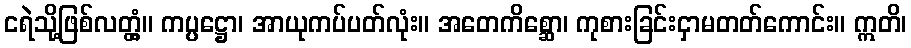
ငရဲသို့ဖြစ်လတ္တံ့။ ကပ္ပဋ္ဌော၊ အာယုကပ်ပတ်လုံး။ အတေကိစ္ဆော၊ ကုစားခြင်းငှာမတတ်ကောင်း။ ဣတိ၊